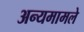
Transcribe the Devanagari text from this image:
अन्यमामले